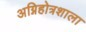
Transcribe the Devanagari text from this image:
अग्निहोत्रशाला